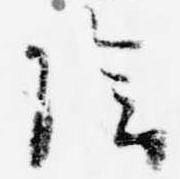
陰